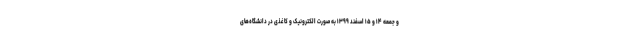
و جمعه ۱۴ و ۱۵ اسفند ۱۳۹۹ به صورت الکترونیک و کاغذی در دانشگاه‌های